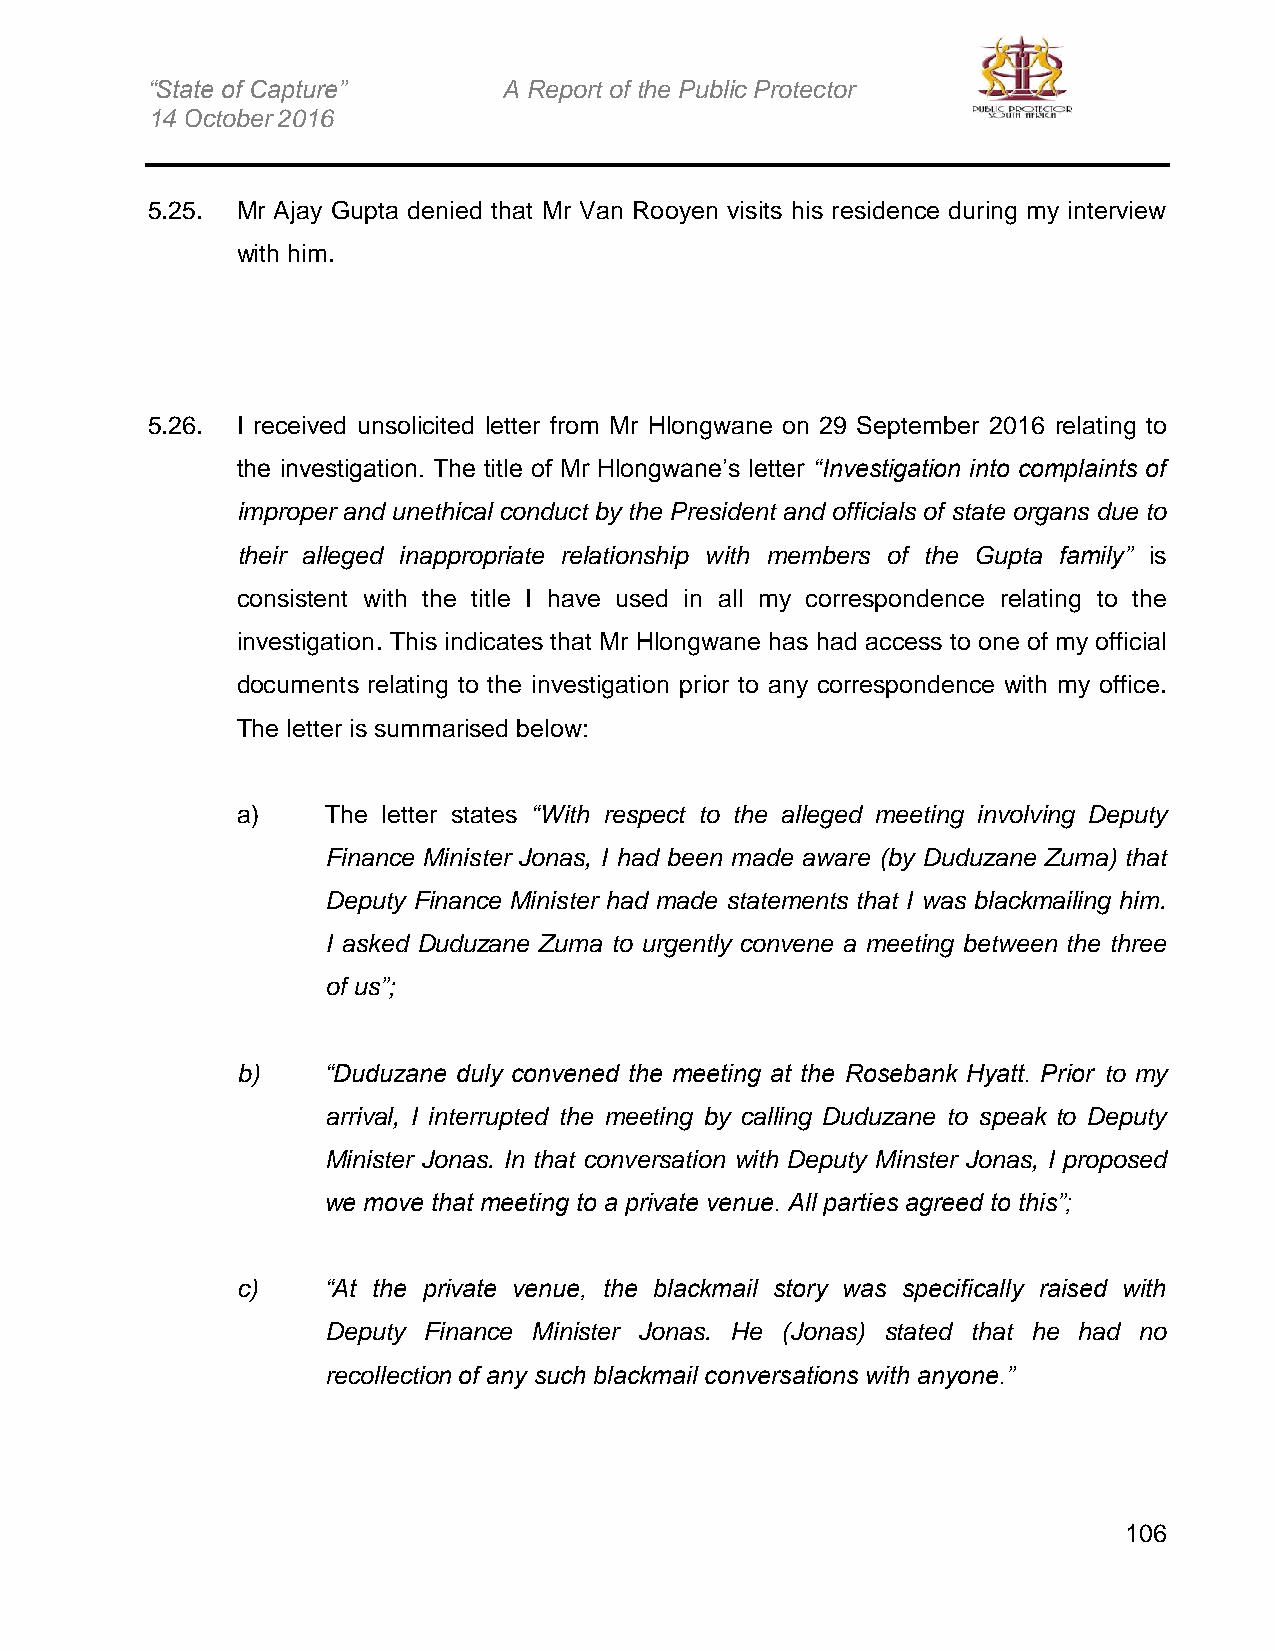
“State of Capture”     A Report of the Public Protector
 14 October 2016
 5.25. Mr Ajay Gupta denied that Mr Van Rooyen visits his residence during my interview
 with him.
 5.26. I received unsolicited letter from Mr Hlongwane on 29 September 2016 relating to
 the investigation. The title of Mr Hlongwane’s letter “Investigation into complaints of
 improper and unethical conduct by the President and officials of state organs due to
 their alleged inappropriate relationship with members of the Gupta family” is
 consistent with the title I have used in all my correspondence relating to the
 investigation. This indicates that Mr Hlongwane has had access to one of my official
 documents relating to the investigation prior to any correspondence with my office.
 The letter is summarised below:
 a)    The letter states “With respect to the alleged meeting involving Deputy
 Finance Minister Jonas, I had been made aware (by Duduzane Zuma) that
 Deputy Finance Minister had made statements that I was blackmailing him.
 I asked Duduzane Zuma to urgently convene a meeting between the three
 of us”;
 b)    “Duduzane duly convened the meeting at the Rosebank Hyatt. Prior to my
 arrival, I interrupted the meeting by calling Duduzane to speak to Deputy
 Minister Jonas. In that conversation with Deputy Minster Jonas, I proposed
 we move that meeting to a private venue. All parties agreed to this”;
 c)    “At the private venue, the blackmail story was specifically raised with
 Deputy Finance Minister Jonas. He (Jonas) stated that he had no
 recollection of any such blackmail conversations with anyone.”
 106